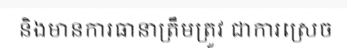
និងមានការធានាត្រឹមត្រូវ ជាការស្រេច